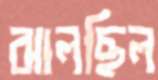
ঝালছিল